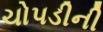
ચોપડીની